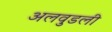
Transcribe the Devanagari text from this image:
अलवुडली